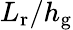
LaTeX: L_{\textrm{r}}/h_{\textrm{g}}